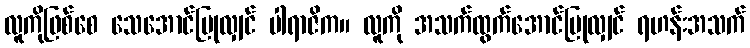
လူကိုဖြစ်စေ သေအောင်ပြုလျှင် ပါရာဇိက။ လူကို အသက်ထွက်အောင်ပြုလျှင် ရဟန်းအသက်